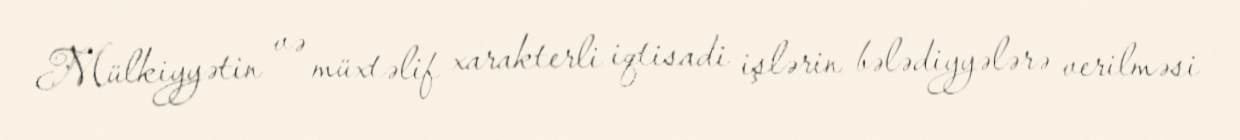
Mülkiyyətin və müxtəlif xarakterli iqtisadi işlərin bələdiyyələrə verilməsi